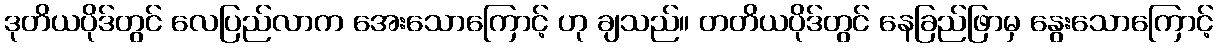
ဒုတိယပိုဒ်တွင် လေပြည်လာက အေးသောကြောင့် ဟု ချသည်။ တတိယပိုဒ်တွင် နေခြည်ဖြာမှ နွေးသောကြောင့်